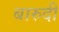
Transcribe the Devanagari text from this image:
बारुदी